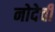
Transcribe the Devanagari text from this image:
नोदेवी